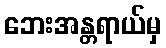
ဘေးအန္တရာယ်မှ